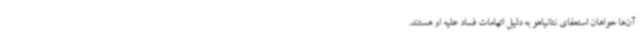
آن‌ها خواهان استعفای نتانیاهو به دلیل اتهامات فساد علیه او هستند.